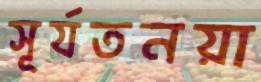
সূর্যতনয়া